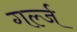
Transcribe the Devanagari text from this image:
गर्ल्‍ज